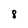
Character: 8